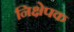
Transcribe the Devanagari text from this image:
निक्षेपक